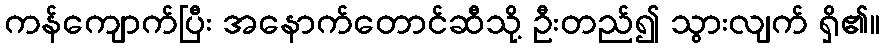
ကန်ကျောက်ပြီး အနောက်တောင်ဆီသို့ ဦးတည်၍ သွားလျက် ရှိ၏။